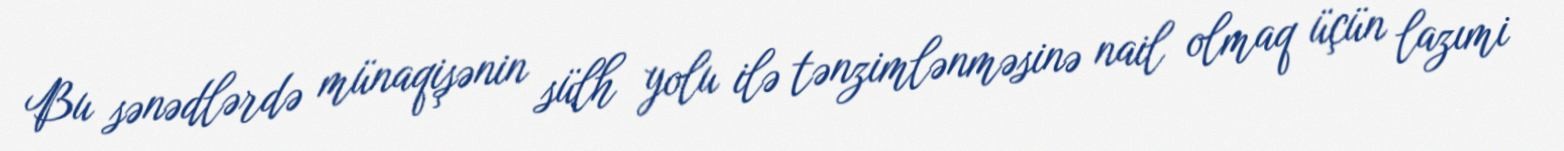
Bu sənədlərdə münaqişənin sülh yolu ilə tənzimlənməsinə nail olmaq üçün lazımi